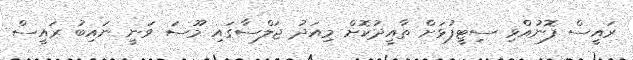
ރައީސް ފޮނުއްވި ސިޓީފުޅަށް ތާއީދުކޮށް މިއަދު ޖަލްސާގައި މޫސަ ވަނީ ނައިބު ރައީސް